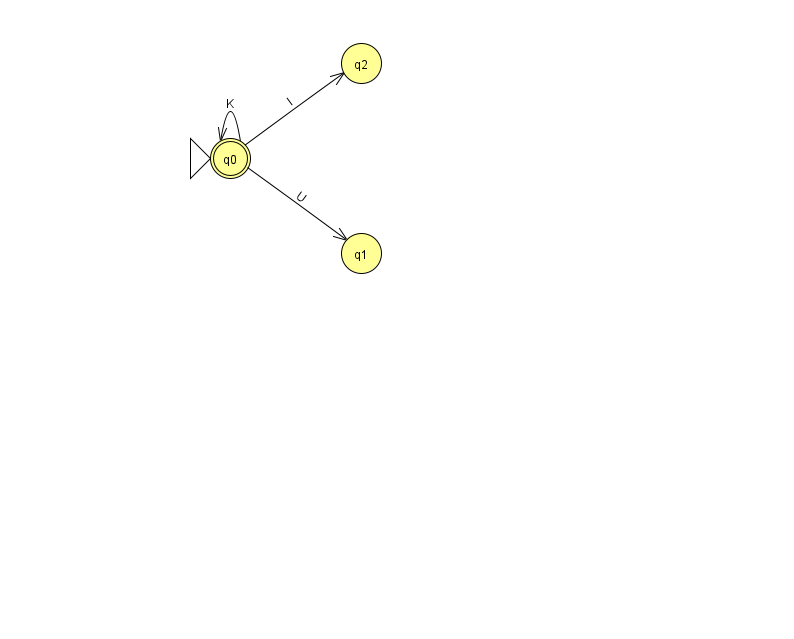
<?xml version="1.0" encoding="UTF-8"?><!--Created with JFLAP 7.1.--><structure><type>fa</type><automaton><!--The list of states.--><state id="0" name="q0"><x>230.0</x><y>145.0</y><initial/><final/></state><state id="1" name="q1"><x>361.0</x><y>240.0</y></state><state id="2" name="q2"><x>361.0</x><y>50.0</y></state><!--The list of transitions.--><transition><from>0</from><to>2</to><read>I</read></transition><transition><from>0</from><to>1</to><read>U</read></transition><transition><from>0</from><to>0</to><read>K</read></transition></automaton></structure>